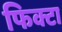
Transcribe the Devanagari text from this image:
फिक्टा